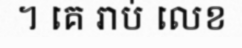
។ គេ រាប់ លេខ